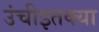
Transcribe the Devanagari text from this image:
उंचीइतक्या